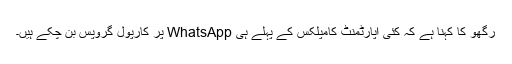
رگھو کا کہنا ہے کہ کئی اپارٹمنٹ کامپلکس کے پہلے ہی WhatsApp پر کارپول گروپس بن چکے ہیں۔